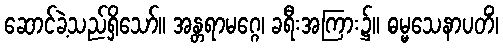
ဆောင်ခဲ့သည်ရှိသော်။ အန္တရာမဂ္ဂေ၊ ခရီးအကြား၌။ ဓမ္မသေနာပတိံ၊